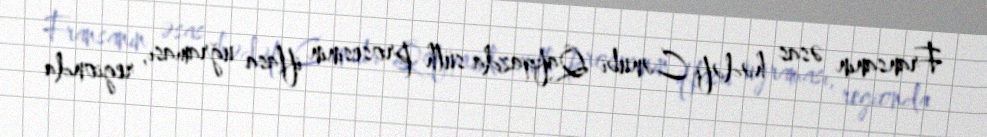
Fransanın əsas hədəfi Cənubi Qafqazda sülh prosesinin iflasa uğraması, regionda